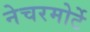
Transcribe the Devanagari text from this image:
नेचरमोर्टे